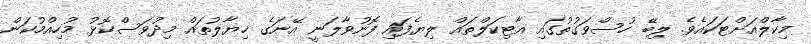
މިކާލްއަށްޓަކައެވެ. ލިބޭ ހުސްވަގުތުގައި އާޓިކަލްތައް ލިޔެފައި ފޮނުވާލަނީ އޭނަގެ ޚިޔާލުތައް މިދުވަސްކޮޅު މުހިއްމުކަން